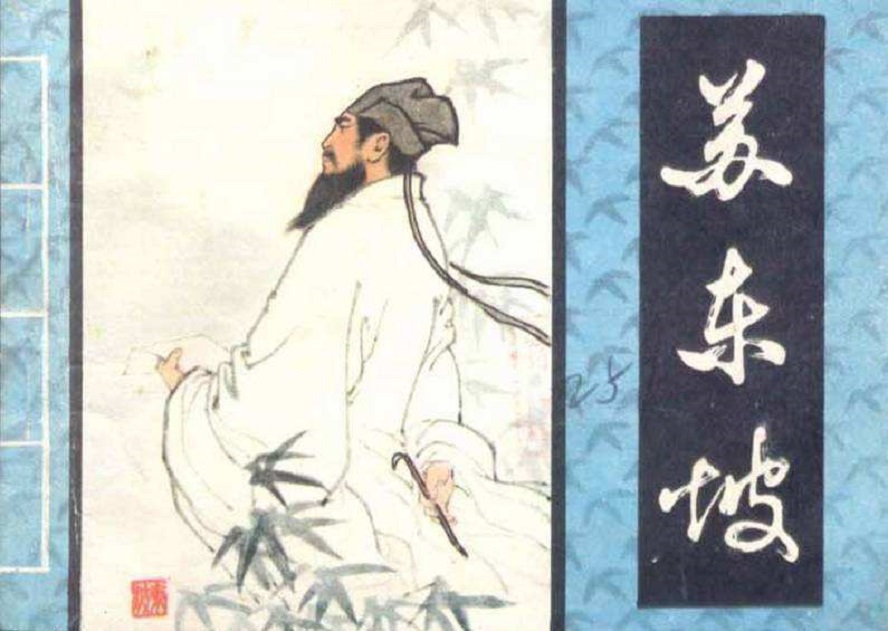
乃翁知国如知兵，塞垣草木识威名。